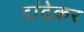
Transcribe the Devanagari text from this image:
दांदेकर